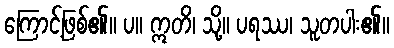
ကြောင့်ဖြစ်၏။ ပ။ ဣတိ၊ သို့။ ပရဿ၊ သူတပါး၏။